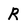
Character: R